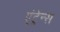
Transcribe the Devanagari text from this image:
एंट्रेन्स